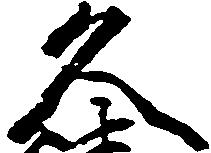
久